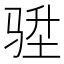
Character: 𮹇